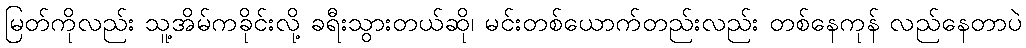
မြတ်ကိုလည်း သူ့အိမ်ကခိုင်းလို့ ခရီးသွားတယ်ဆို၊ မင်းတစ်ယောက်တည်းလည်း တစ်နေကုန် လည်နေတာပဲ